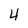
Character: 4